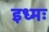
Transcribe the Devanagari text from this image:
इध्मः